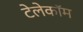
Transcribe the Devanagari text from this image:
टेलेकॉम